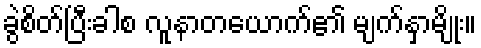
ခွဲစိတ်ပြီးခါစ လူနာတယောက်၏ မျက်နှာမျိုး။